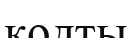
кодты